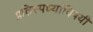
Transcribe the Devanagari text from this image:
प्रतिस्पर्ध्यांविषयी